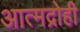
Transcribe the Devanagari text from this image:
आत्मद्रोही